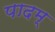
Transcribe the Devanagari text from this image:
पादम्